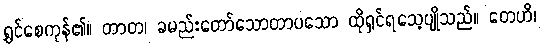
ရွှင်စေကုန်၏။ တာတ၊ ခမည်းတော်သောတာပသော ထိုရှင်ရသေ့ပျိုသည်။ တေဟိ၊